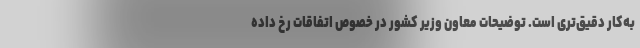
به‌کار دقیق‌تری است. توضیحات معاون وزیر کشور در خصوص اتفاقات رخ داده